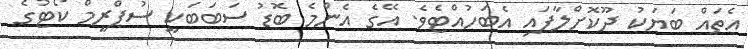
އެތައް ބަޔަކު ދޫކޮށްލާފައިި އެބަހުއްޓެވެ. އޭގެ އެންމެ ބޮޑު ސަބަބަކީ ސުޕްރީމް ކޯޓުގެ